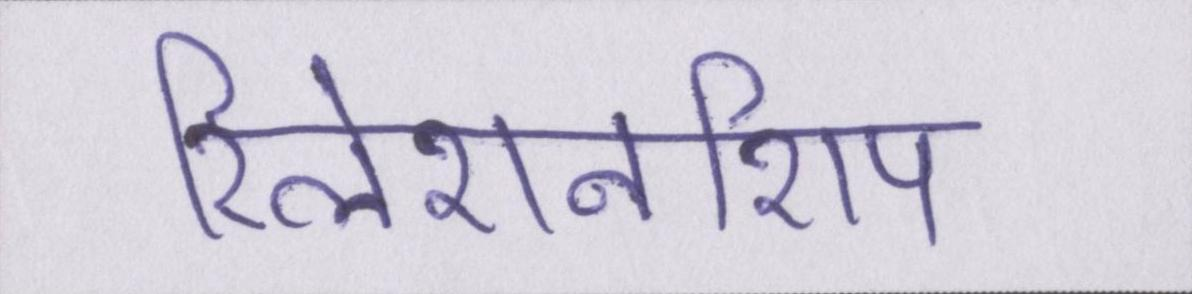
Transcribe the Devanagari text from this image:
रिलेशनशिप